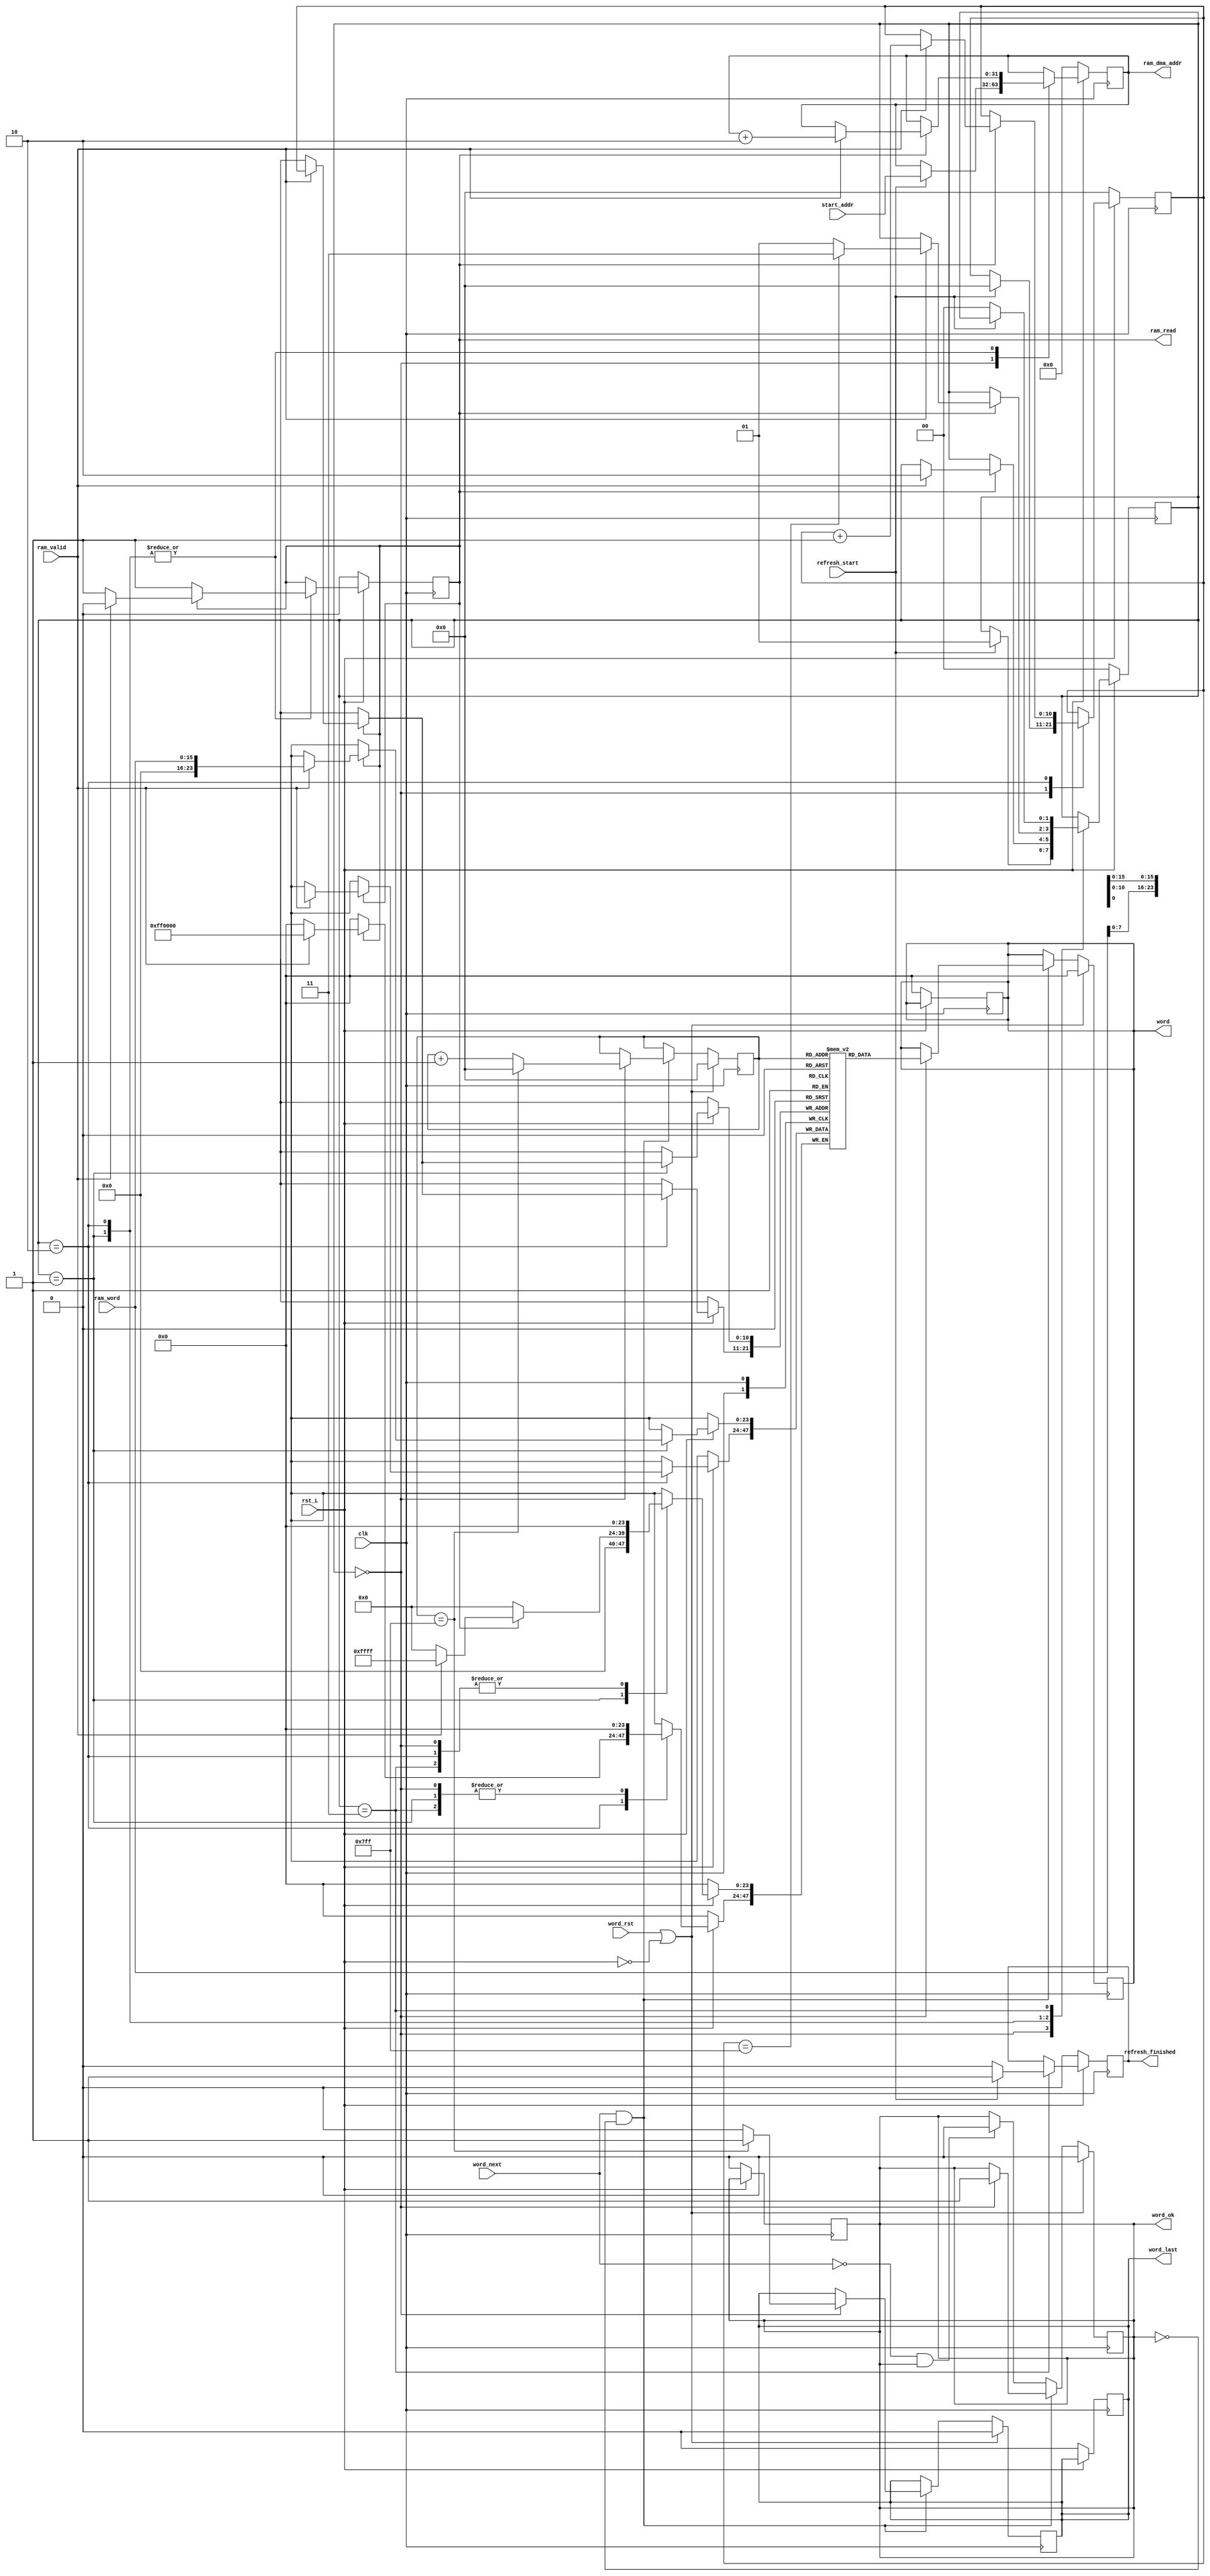
module bram_interface #(
	parameter WORD_WID = 24,
	parameter WORD_AMNT_WID = 11,
	/* This is the last INDEX, not the LENGTH of the word array. */
	parameter [WORD_AMNT_WID-1:0] WORD_AMNT = 2047,
	parameter RAM_WID = 32,
	parameter RAM_WORD_WID = 16,
	parameter RAM_WORD_INCR = 2
) (
	input clk,
	input rst_L,

	/* autoapproach interface */
	output reg [WORD_WID-1:0] word,
	input word_next,
	output reg word_last,
	output reg word_ok,
	input word_rst,

	/* User interface */
	input refresh_start,
	input [RAM_WID-1:0] start_addr,
	output reg refresh_finished,

	/* RAM interface */
	output reg [RAM_WID-1:0] ram_dma_addr,
	input [RAM_WORD_WID-1:0] ram_word,
	output reg ram_read,
	input ram_valid
);

initial word = 0;
initial word_last = 0;
initial word_ok = 0;
initial refresh_finished = 0;
initial ram_dma_addr = 0;
initial ram_read = 0;

/* TODO: how to initialize? */
reg [WORD_WID-1:0] backing_buffer [WORD_AMNT:0];

localparam WAIT_ON_REFRESH = 0;
localparam READ_LOW_WORD = 1;
localparam READ_HIGH_WORD = 2;
localparam WAIT_ON_REFRESH_DEASSERT = 3;

reg [1:0] refresh_state = WAIT_ON_REFRESH;
reg [WORD_AMNT_WID-1:0] word_cntr_refresh = 0;

always @ (posedge clk) if (!rst_L) begin
	word <= 0;
	word_last <= 0;
	word_ok <= 0;
	refresh_finished <= 0;
	ram_dma_addr <= 0;
	ram_read <= 0;
	/* Do not reset backing buffer because that would take too long */
	refresh_state <= WAIT_ON_REFRESH;
	word_cntr_refresh <= 0;
end else case (refresh_state)
WAIT_ON_REFRESH: if (refresh_start) begin
	ram_dma_addr <= start_addr;
	refresh_state <= READ_LOW_WORD;
	word_cntr_refresh <= 0;
end
READ_LOW_WORD: if (!ram_read) begin
	ram_read <= 1;
end else if (ram_valid) begin
	refresh_state <= READ_HIGH_WORD;
	ram_dma_addr <= ram_dma_addr + RAM_WORD_INCR;
	ram_read <= 0;
	backing_buffer[word_cntr_refresh][RAM_WORD_WID-1:0] <= ram_word;
end
READ_HIGH_WORD: if (!ram_read) begin
	ram_read <= 1;
end else if (ram_valid) begin
	ram_dma_addr <= ram_dma_addr + RAM_WORD_INCR;
	ram_read <= 0;
	word_cntr_refresh <= word_cntr_refresh + 1;
	backing_buffer[word_cntr_refresh][WORD_WID-1:RAM_WORD_WID] <= ram_word[WORD_WID-RAM_WORD_WID-1:0];

	if (word_cntr_refresh == WORD_AMNT)
		refresh_state <= WAIT_ON_REFRESH_DEASSERT;
	else
		refresh_state <= READ_LOW_WORD;
end
WAIT_ON_REFRESH_DEASSERT: begin
	if (!refresh_start) begin
		refresh_finished <= 0;
		refresh_state <= WAIT_ON_REFRESH;
	end else begin
		refresh_finished <= 1;
	end
end
endcase

reg [WORD_AMNT_WID-1:0] auto_cntr = 0;

always @ (posedge clk) if (word_rst || !rst_L) begin
	auto_cntr <= 0;
	word_ok <= 0;
	word_last <= 0;
	word <= 0;
end else if (word_next && !word_ok) begin
	if (refresh_state == WAIT_ON_REFRESH) begin
		word <= backing_buffer[auto_cntr];
		word_ok <= 1;
		if (auto_cntr == WORD_AMNT) begin
			auto_cntr <= 0;
			word_last <= 1;
		end else begin
			auto_cntr <= auto_cntr + 1;
			word_last <= 0;
		end
	end
end else if (!word_next && word_ok) begin
	word_ok <= 0;
end

endmodule